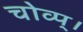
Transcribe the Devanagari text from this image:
चोव्प्।